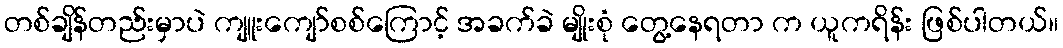
တစ်ချိန်တည်းမှာပဲ ကျူးကျော်စစ်ကြောင့် အခက်ခဲ မျိုးစုံ တွေ့နေရတာ က ယူကရိန်း ဖြစ်ပါတယ်။